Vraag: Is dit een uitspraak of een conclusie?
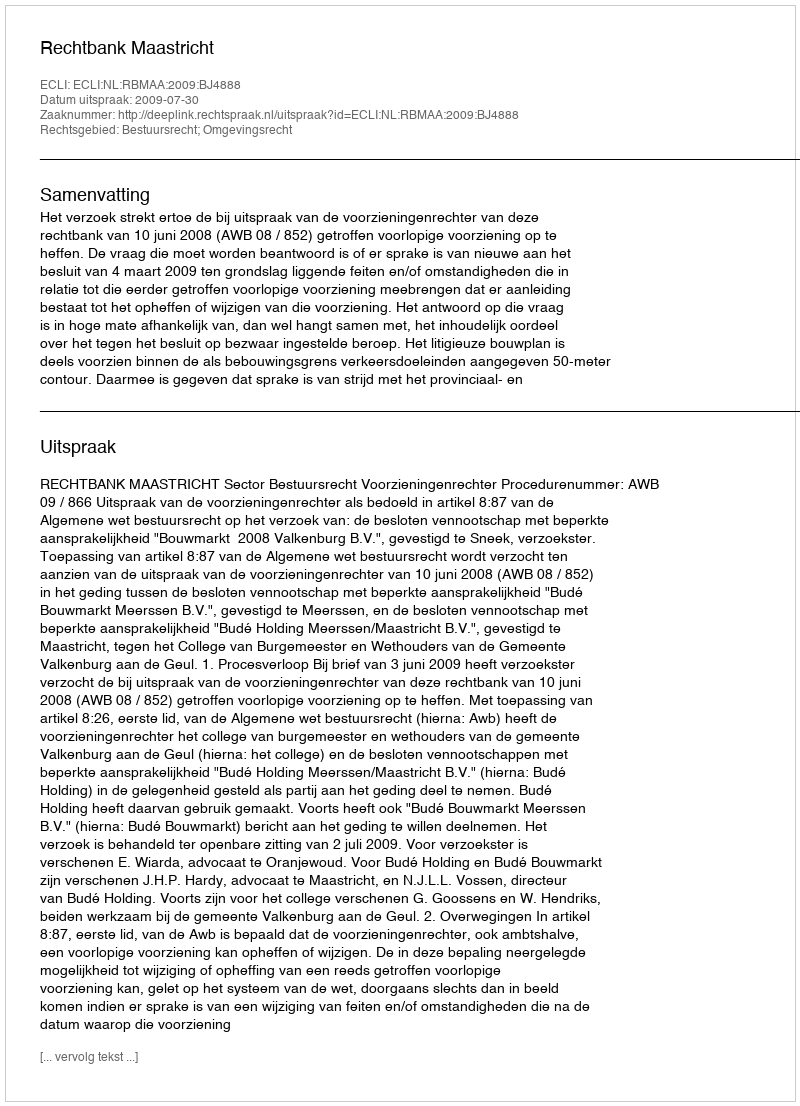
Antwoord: Uitspraak